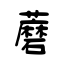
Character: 蘑